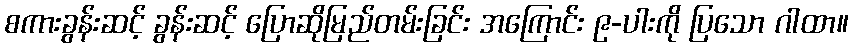
စကားခွန်းဆင့် ခွန်းဆင့် ပြောဆိုမြည်တမ်းခြင်း အကြောင်း ၉-ပါးကို ပြသော ဂါထာ။